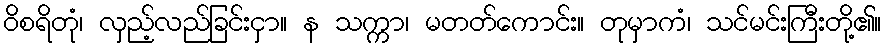
ဝိစရိတုံ၊ လှည့်လည်ခြင်းငှာ။ န သက္ကာ၊ မတတ်ကောင်း။ တုမှာကံ၊ သင်မင်းကြီးတို့၏။